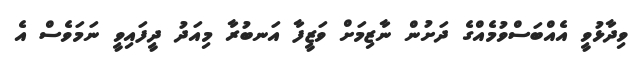
ވިދާޅުވީ އެއްބަސްވުމެއްގެ ދަށުން ނާޒިމަށް ވަޒީފާ އަނބުރާ މިއަދު ދީފައިވީ ނަމަވެސް އެ